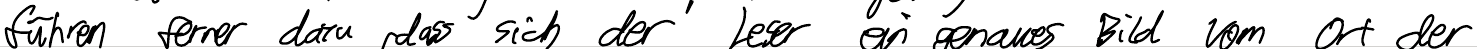
führen ferner dazu, dass sich der Leser ein genaues Bild vom Ort der